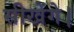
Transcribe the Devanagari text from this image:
सीखेंगे।